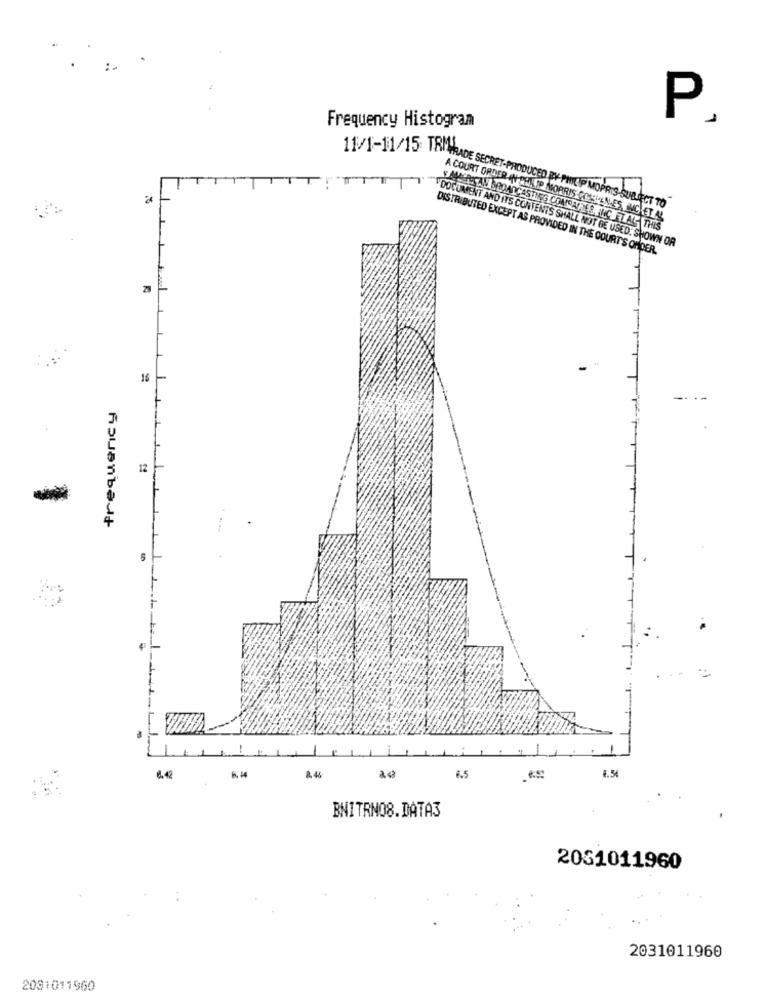
P.
Frequency Histograa
24
11/1-11/15 IHR HADE SECRET-PRODUCED BY-PHILIP MORRIS-SUBJECT TO
A COURT ORDER IN SAN IP MORRIS COSTUMES, BUCKET AS
¥ MEGRICAN SOOADCASTING COMOATALES,NIC ET AL- THIS
DISTRIBUTED EXCEPT AS PROVIDED IN THE COURT'S ONDER.
DOCUMENT AND ITS CONTENTS SHALL NOT BE USED. SHOWN OR
23
15
frequency
12
6.54
6.44
8. 46
6.5
BNITRNO8.DATA3
2061011960
2031011960
2081011960